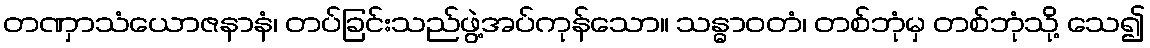
တဏှာသံယောဇနာနံ၊ တပ်ခြင်းသည်ဖွဲ့အပ်ကုန်သော။ သန္ဓာဝတံ၊ တစ်ဘုံမှ တစ်ဘုံသို့ သေ၍